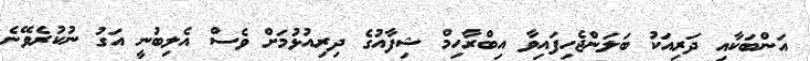
އަންބަކާއި ދަރިއަކު ބަލަންޖެހިފައިވާ އިބްރާހިމް ޝިފާއުގެ ދިރިއުޅުމަށް ވެސް އެލިބުނީ އަގު ނުކުރެވޭނެ